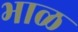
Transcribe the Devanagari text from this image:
भाळ